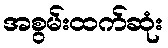
အစွမ်းထက်ဆုံး